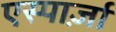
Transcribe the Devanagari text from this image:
एस्पार्ज़ा